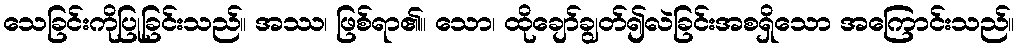
သေခြင်းကိုပြုခြင်းသည်။ အဿ၊ ဖြစ်ရာ၏။ သော၊ ထိုချော်ချွတ်၍လဲခြင်းအစရှိသော အကြောင်းသည်။